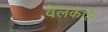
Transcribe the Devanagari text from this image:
वेलकलि